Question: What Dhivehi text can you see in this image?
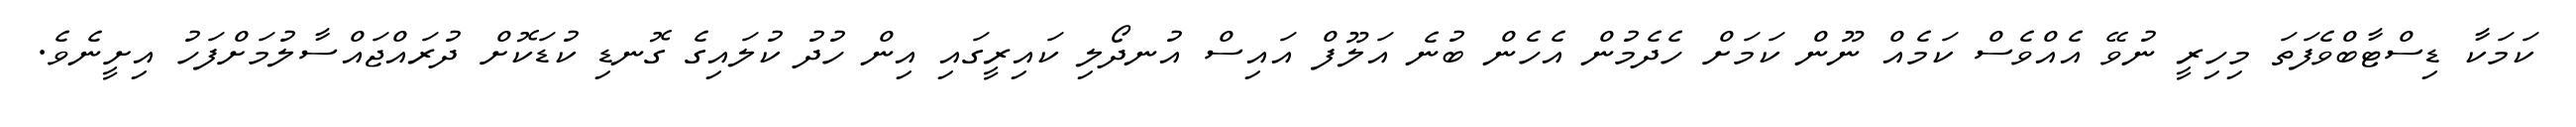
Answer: ކަމަކާ ޑިސްޓާބްވެފަތަ މިހިރީ ނުވޭ އެއްވެސް ކަމެއް ނޫން ކަމަށް ހެދެމުން އެހެން ބުނެ އަލޫފް އައިސް އުނދޯލި ކައިރީގައި އިން ހުދު ކުލައިގެ ގޮނޑި ކުޑަކޮށް ދުރައްޖައްސާލުމަށްފަހު އިށީނެވެ.